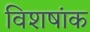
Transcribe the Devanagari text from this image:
विशषांक